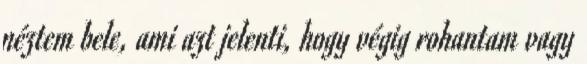
néztem bele, ami azt jelenti, hogy végig rohantam vagy